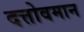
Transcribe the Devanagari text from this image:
दत्तोवमान